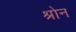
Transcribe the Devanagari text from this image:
श्रोन